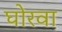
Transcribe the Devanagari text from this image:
घोरवा